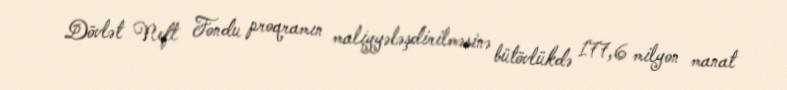
Dövlət Neft Fondu proqramın maliyyələşdirilməsinə bütövlükdə 177,6 milyon manat